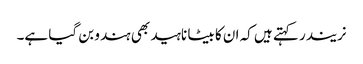
نریندر کہتے ہیں کہ ان کا بیٹا ناہید بھی ہندو بن گیا ہے۔